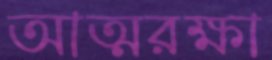
আত্মরক্ষা